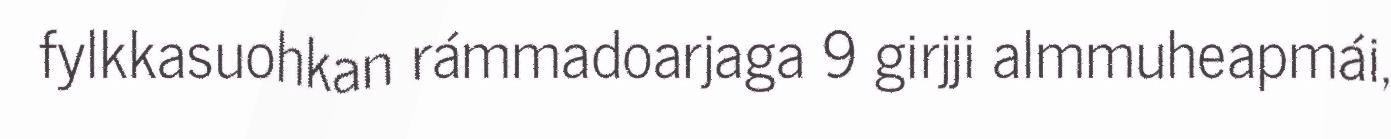
fylkkasuohkan rámmadoarjaga 9 girjji almmuheapmái,